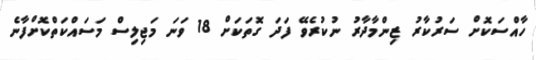
ހާއްސަކޮށް ސަރުކާރު ޒިންމާދާރު ނުކުރެވޭ ފަދަ ގޮތަކަށް 18 ވަަނަ މަޖިލިސް މަސައްކަތްކޮށްފާނެ